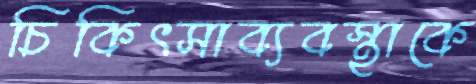
চিকিৎসাব্যবস্থাকে